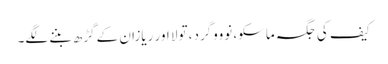
کیف کی جگہ ماسکو، نوووگرد، تولا اور ریازان کے گڑھ بننے لگے۔